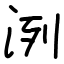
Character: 洌